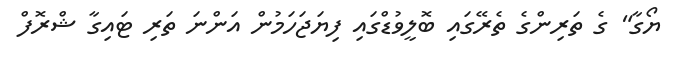
ޔޯގާ" ގެ ތަރިންގެ ތެރޭގައި ބޮލީވުޑްގައި ފިޔަޖަހަމުން އަންނަ ތަރި ޓައިގާ ޝްރޮފް